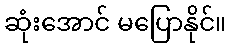
ဆုံးအောင် မပြောနိုင်။